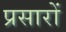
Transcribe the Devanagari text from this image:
प्रसारों